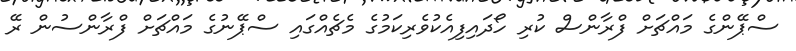
ސްޕޭންގެ މައްޗަށް ފްރާންސް ކުރި ހޯދައިފިއެކުވެރިކަމުގެ މެޗެއްގައި ސްޕޭނުގެ މައްޗަށް ފްރާންސުން ރޭ